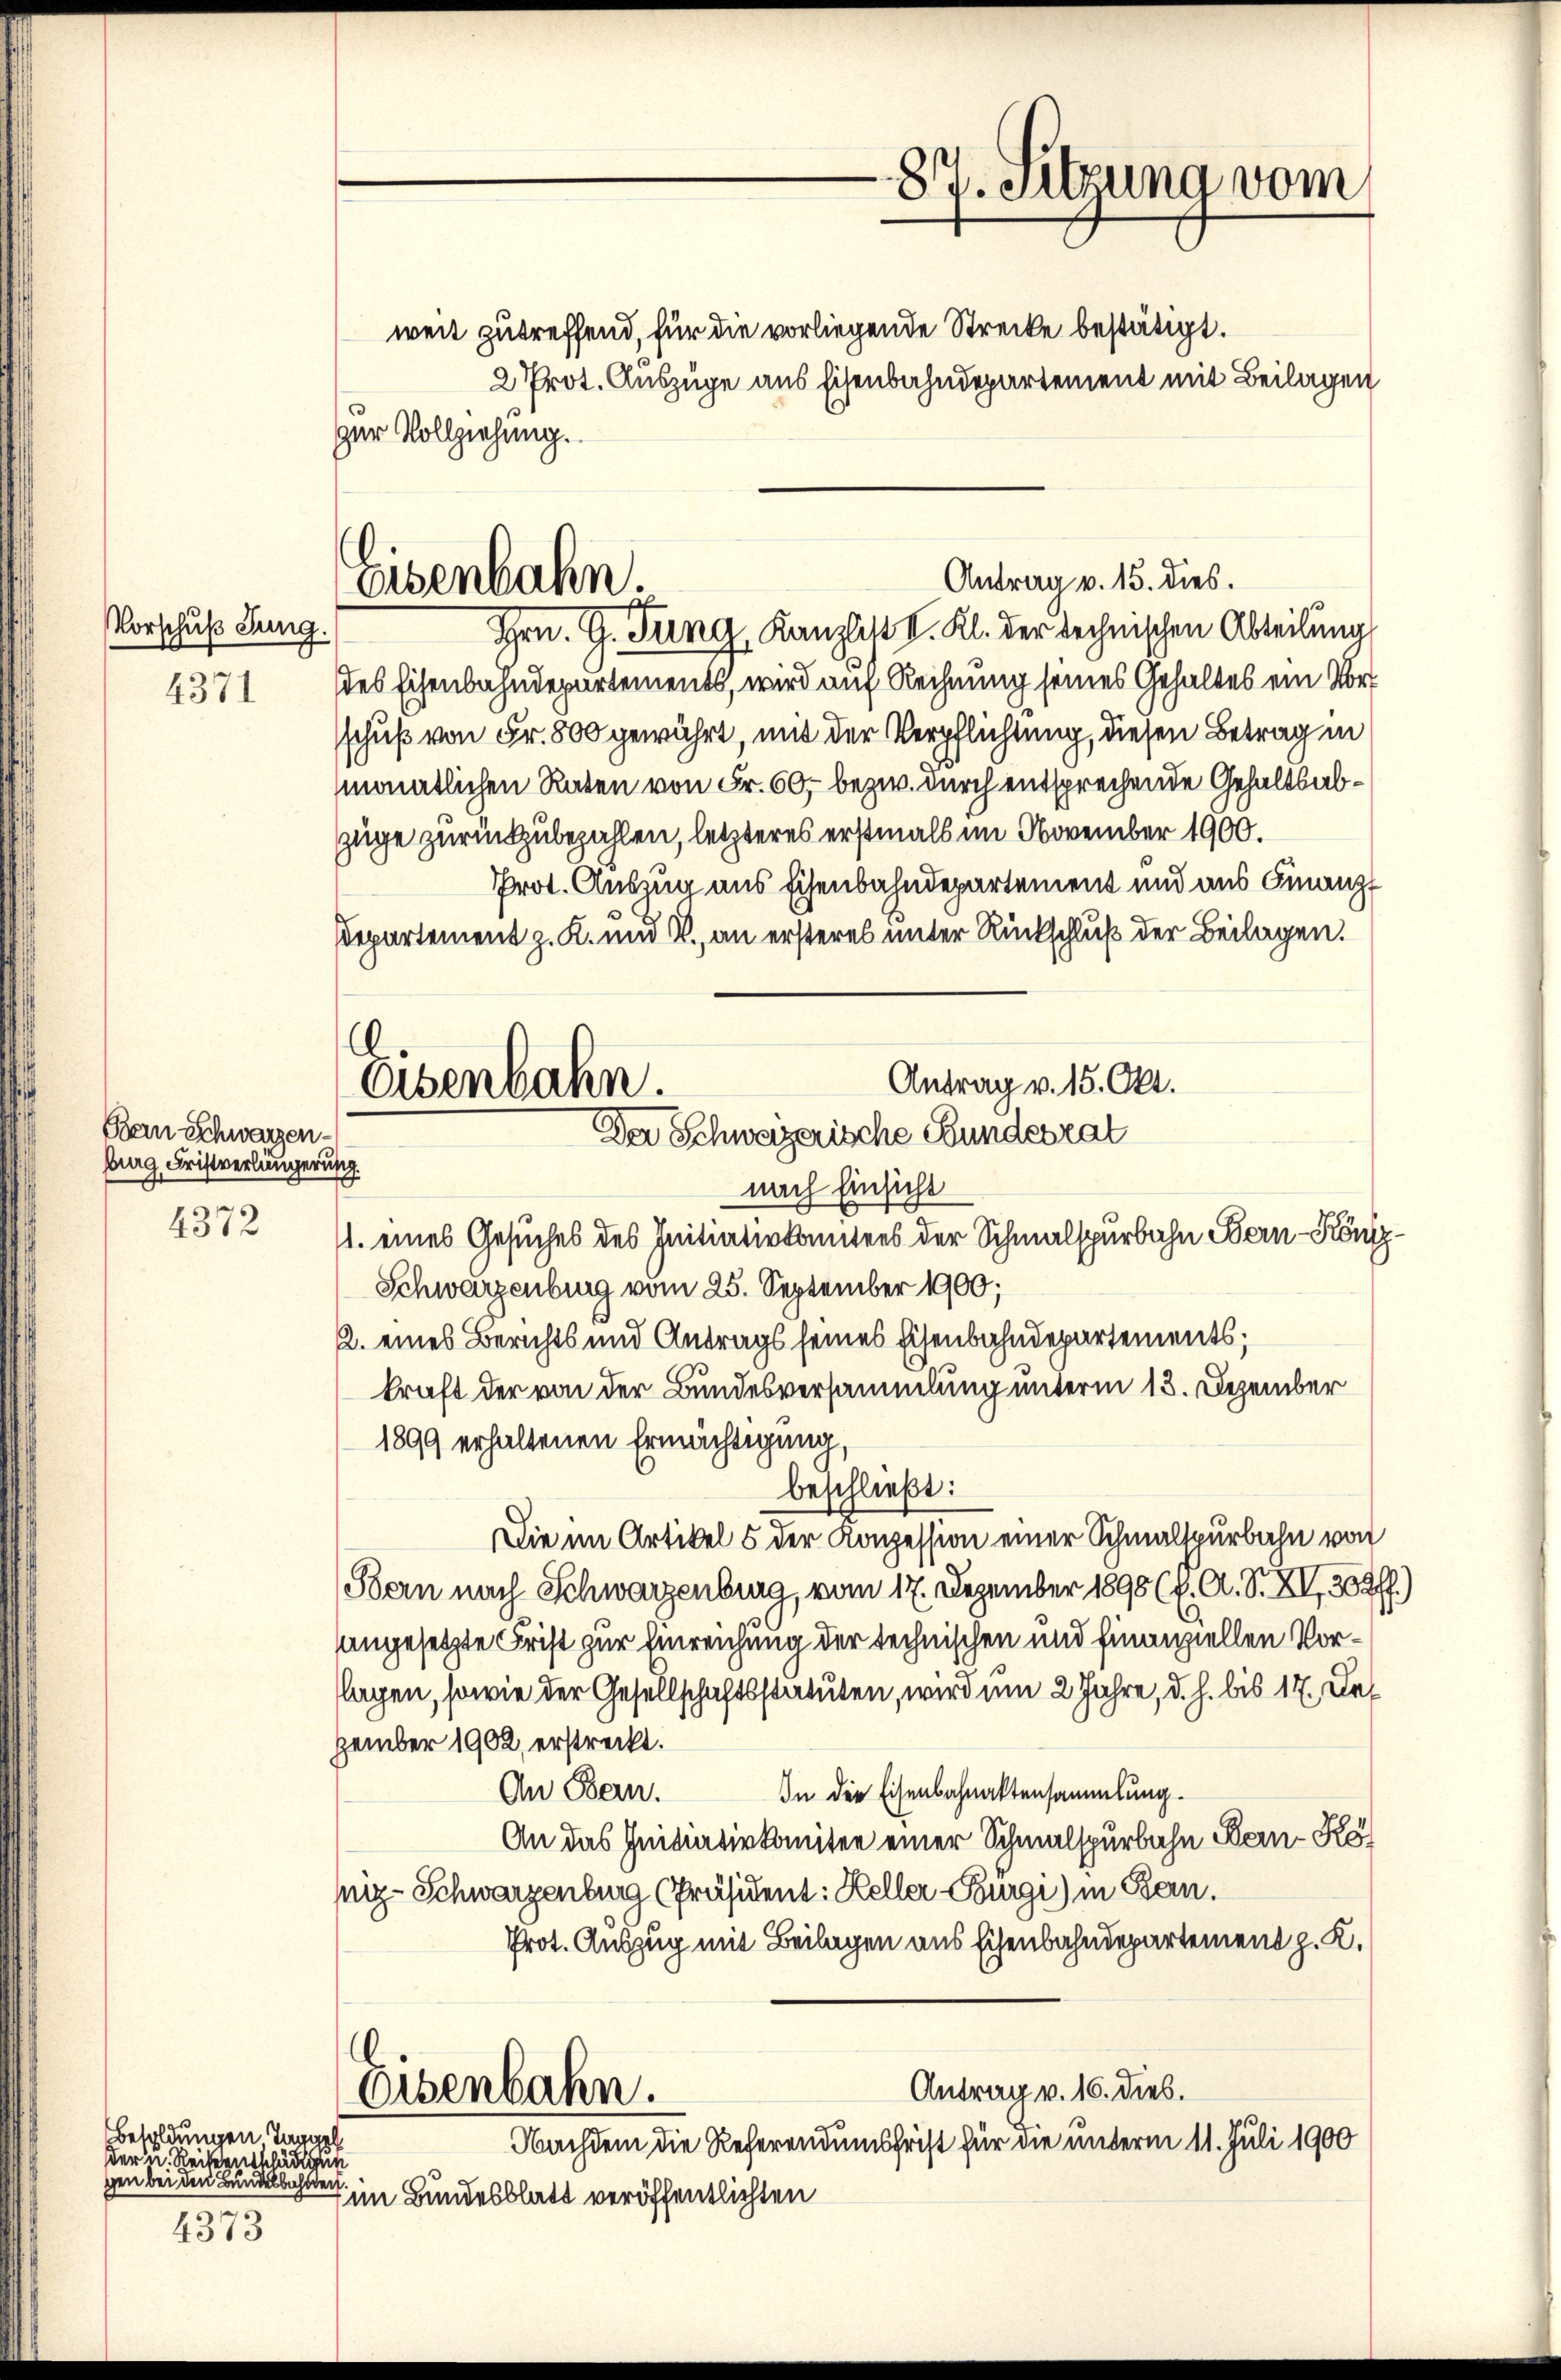
Vorschuß Jung.

4371

Bern Schwarzen.
burg, Fristverlängerung.

4372

Besoldungen Taggel
der u. Reiseentschädigen
gen bei den Bundesbahnden.

4373

weit zutreffend, für die vorliegende Strecke bestätigt.
2 Prot. Auszüge aus Eisenbahndepartement mit Beilagen
zur Vollziehung.
Hrn. G. Tung, Kanzlist I. Kl. der technischen Abteilung
des Eisenbahndepartements, wird auf Rechnung seines Gehaltes ein Vorsschuß von Fr. 800 gewährt, mit der Verpflichtung, diesen Betrag in
monatlichen Raten von Fr. 50, bezw. durch entsprechende Gehaltsabzüge zurückzubezahlen, letzteres erstmals im November 1900.
Prot. Auszug aus Eisenbahndepartement und aus Finanz
Departement z. K. und V., an ersteres unter Rückschluß der Beilagen.
Antrag v. 15. Okt.
nach Einsicht
1. eines Gesuches des Initiativkomitees der Schmalspurbahn Bern-Köni
Schwarzenburg vom 25. September 1900;
2. eines Berichts und Antrags seines Eisenbahndepartements;
kraft der von der Bundesversammlung unterm 13. Dezember
1899 erhaltenen Ermächtigung,
beschließt:
Die im Artikel 5 der Konzession einer Schmalspurbahn von
Bern nach Schwarzenburg, vom 17. Dezember 1898 (4. A. S. XV, 304/
angesetzte Frist zur Einreichung der technischen und finanziellen Vorflagen, sowie der Gesellschaftsstatuten, wird um 2 Jahre, d. h. bis 17. Dezember 1902, erstreckt.
In die Eisenbahnaktensammlung.
An Bern.
An das Initiativkomitee einer Schmalspurbahn Ben-Kosig- Schwarzenburg (Präsident: Heller Burgi) in Bern.
Prot. Auszug mit Beilagen aus Eisenbahndepartement p. K.
Antrag v. 16. dies.
Eisenbahn.
Nachdem die Referendumschrist für die unterm 11. Juli 1900
im Bundesblatt veröffentlichten

Eisenbahn.

C
Osenbahn.
Der Schweizerische Bundesrat

Antrag v. 15. dies.

87. Sitzung vom